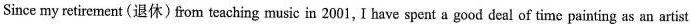
Since my retirement (退休)from teaching music in 2001, I have spent a good deal of time painting as an artist.